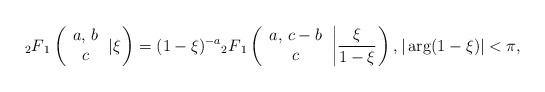
LaTeX: \begin{align*}{}_{2}F{}_{1}\left( \begin{array}{c}a,\,b \\ c\end{array}\left\vert \xi \right. \right) =(1-\xi )^{-a}{}_{2}F{}_{1}\left( \begin{array}{c}a,\,c-b \\ c\end{array}\left\vert \frac{\xi }{1-\xi }\right. \right) ,|\arg (1-\xi)|<\pi ,\end{align*}